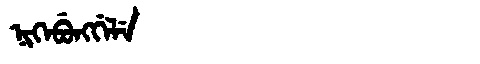
Manchu: ᠨᡳᡴᡝᠪᡠᠩᡤᡝᠯᡝ
Romanization: NIKEBUNGGELE